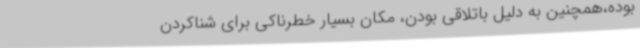
بوده،همچنین به دلیل باتلاقی بودن، مکان بسیار خطرناکی برای شناکردن